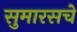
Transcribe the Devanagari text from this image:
सुमारसचे